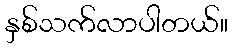
နှစ်သက်လာပါတယ်။